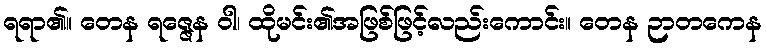
ရရာ၏။ တေန ရဇ္ဇေန ဝါ၊ ထိုမင်း၏အဖြစ်ဖြင့်လည်းကောင်း။ တေန ဉာတကေန